Problem: 8 × 9 = ?
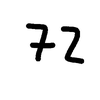
Handwritten answer: 72